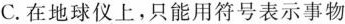
C.在地球仪上，只能用符号表示事物